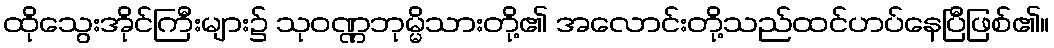
ထိုသွေးအိုင်ကြီးများ၌ သုဝဏ္ဏဘုမ္မိသားတို့၏ အလောင်းတို့သည်ထင်ဟပ်နေပြီဖြစ်၏။